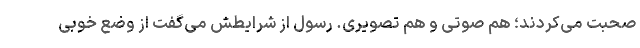
صحبت می‌کردند؛ هم صوتی و هم تصویری. رسول از شرایطش می‌گفت از وضع خوبی